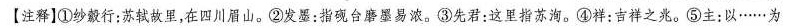
注释]①纱縠行；苏轼故里，在四川眉山。②发墨：指砚台磨墨易浓。③先君：这里指苏洵。④祥：吉祥之兆。⑤主：以……为